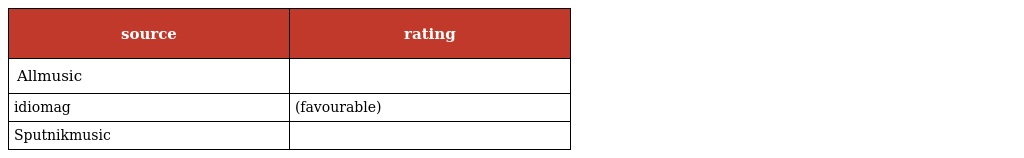
| source | rating |
 | --- | --- |
 | Allmusic |  |
 | idiomag | (favourable) |
 | Sputnikmusic |  |